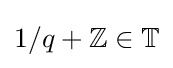
1/q+\mathbb {Z} \in \mathbb {T}